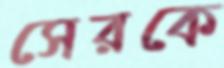
সেরকে